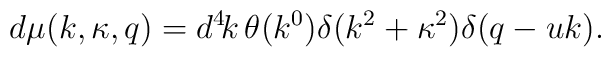
d\mu(k, \kappa, q) = d^4\!k\, \theta(k^0) \delta(k^2 + \kappa^2) \delta(q - u k).